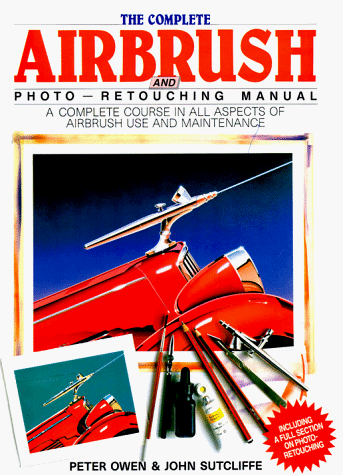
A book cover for The Complete Airbrush and Photo-Retouching Manual; John Sutliffe; Arts & Photography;